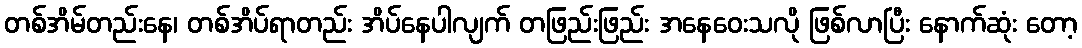
တစ်အိမ်တည်းနေ၊ တစ်အိပ်ရာတည်း အိပ်နေပါလျက် တဖြည်းဖြည်း အနေဝေးသလို ဖြစ်လာပြီး နောက်ဆုံး တော့